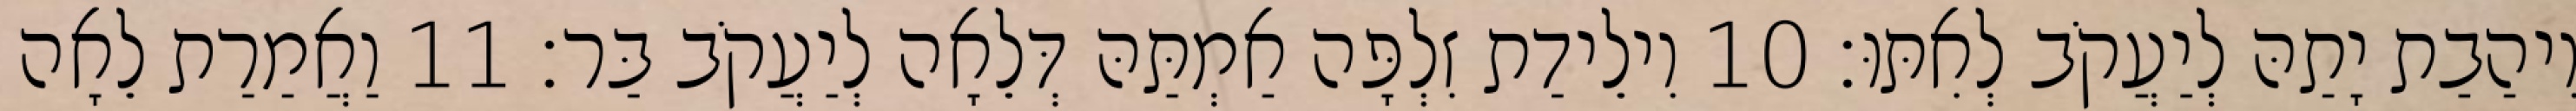
וִיהַבַת יָתַהּ לְיַעֲקֹב לְאִתּוּ׃ 10 וִילֵידַת זִלְפָּה אַמְתַּהּ דְּלֵאָה לְיַעֲקֹב בַּר׃ 11 וַאֲמַרַת לֵאָה